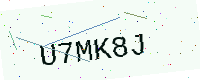
Text: U7MK8J